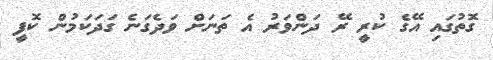
ގޮތުގައި އޭގެ ކުރީ ރޭ ދަންވަރު އެ ތަނަށް ވަދެގަނެ ގަދަކަމުން ކޮފީ